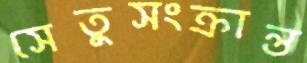
সেতুসংক্রান্ত